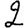
Digit: 2